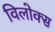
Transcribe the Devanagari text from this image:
विलोक्स